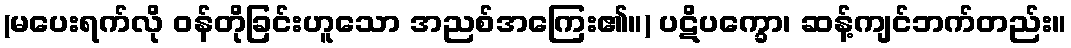
(မပေးရက်လို ဝန်တိုခြင်းဟူသော အညစ်အကြေး၏။) ပဋိပက္ခော၊ ဆန့်ကျင်ဘက်တည်း။